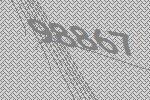
98867